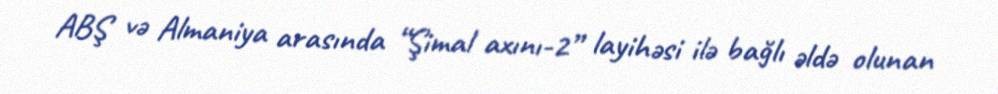
ABŞ və Almaniya arasında “Şimal axını-2” layihəsi ilə bağlı əldə olunan